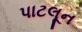
પાટલૂન